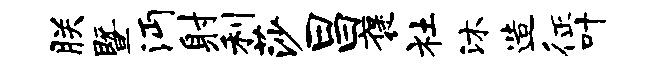
朕暨沔射利莎昌褒社沐造征叶